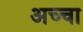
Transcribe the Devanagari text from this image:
अच्‍चा